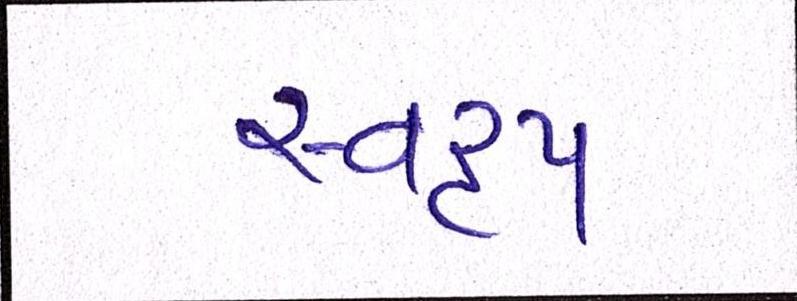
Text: સ્વરૃપ